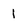
Character: i